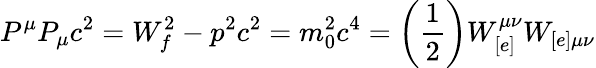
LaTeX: P^{\mu}P_{\mu}c^{2}=W_{f}^{2}-p^{2}c^{2}=m_{0}^{2}c^{4}=\left(\frac{1}{2}\right)W_{[e]}^{\mu\nu}W_{[e]\mu\nu}